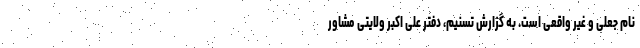
نام جعلی و غیر واقعی است. به گزارش تسنیم، دفتر علی اکبر ولایتی مشاور